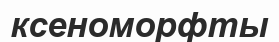
ксеноморфты